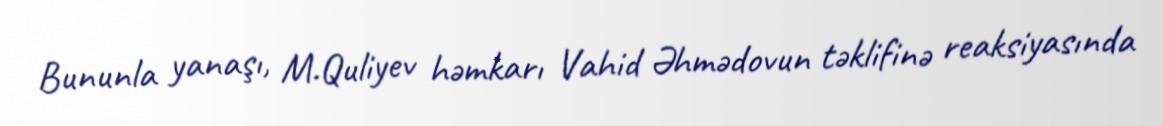
Bununla yanaşı, M.Quliyev həmkarı Vahid Əhmədovun təklifinə reaksiyasında